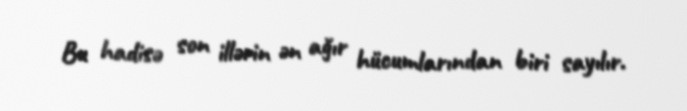
Bu hadisə son illərin ən ağır hücumlarından biri sayılır.